Annual administration report of the Civil Veterinary Department of India - 1893-1894
Year: 1893
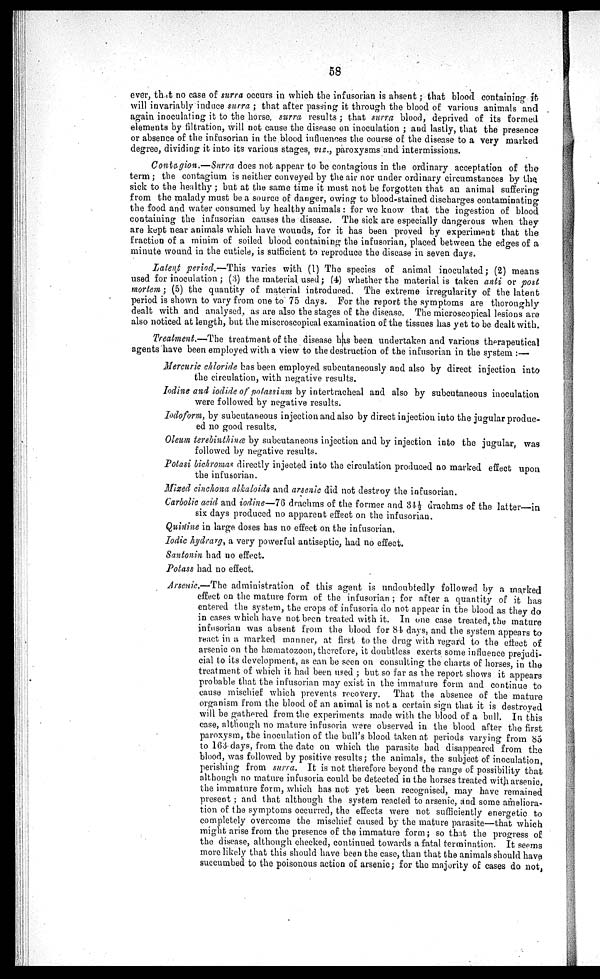
58
ever, that no case of surra occurs in which the infusorian is absent; that blood containing it
will invariably induce surra; that after passing it through the blood of various animals and
again inoculating it to the horse, surra results; that surra blood, deprived of its formed
elements by filtration, will not cause the disease on inoculation; and lastly, that the presence
or absence of the infusorian in the blood influences the course of the disease to a very marked
degree, dividing it into its various stages, viz., paroxysms and intermissions.
Contagion.—Surra does not appear to be contagious in the ordinary acceptation of the
term; the contagium is neither conveyed by the air nor under ordinary circumstances by the
sick to the healthy; but at the same time it must not be forgotten that an animal suffering
from the malady must be a source of danger, owing to blood-stained discharges contaminating
the food and water consumed by healthy animals: for we know that the ingestion of blood
containing the infusorian causes the disease. The sick are especially dangerous when they
are kept near animals which have wounds, for it has been proved by experiment that the
fraction of a minim of soiled blood containing the infusorian, placed between the edges of a
minute wound in the cuticle, is sufficient to reproduce the disease in seven days.
Latent period.—This varies with (1) The species of animal inoculated; (2) means
used for inoculation; (3) the material used; (4) whether the material is taken anti or post
mortem; (5) the quantity of material introduced. The extreme irregularity of the latent
period is shown to vary from one to 75 days. For the report the symptoms are thoroughly
dealt with and analysed, as are also the stages of the disease. The microscopical lesions are
also noticed at length, but the miscroscopical examination of the tissues has yet to be dealt with.
Treatment.—The treatment of the disease has been undertaken and various therapeutical
agents have been employed with a view to the destruction of the infusorian in the system:—
Mercuric chloride has been employed subcutaneously and also by direct injection into
the circulation, with negative results.
Iodine and iodide of potassium by intertracheal and also by subcutaneous inoculation
were followed by negative results.
Iodoform, by subcutaneous injection and also by direct injection into the jugular produc-
ed no good results.
Oleum terebinthinæ by subcutaneous injection and by injection into the jugular, was
followed by negative results.
Potasi bichromas directly injected into the circulation produced no marked effect upon
the infusorian.
Mixed cinchona alkaloids and arsenic did not destroy the infusorian.
Carbolic acid and iodine—76 drachms of the former and 34½ drachms of the latter—in
six days produced no apparent effect on the infusorian.
Quinine in large doses has no effect on the infusorian.
Iodic hydrarg, a very powerful antiseptic, had no effect.
Santonin had no effect.
Potass had no effect.
Arsenic.—The administration of this agent is undoubtedly followed by a marked
effect on the mature form of the infusorian; for after a quantity of it has
entered the system, the crops of infusoria do not appear in the blood as they do
in cases which have not been treated with it. In one case treated, the mature
infusorian was absent from the blood for 84 days, and the system appears to
react in a marked manner, at first to the drug with regard to the effect of
arsenic on the hæmatozoon, therefore, it doubtless exerts some influence prejudi-
cial to its development, as can be seen on consulting the charts of horses, in the
treatment of which it had been used; but so far as the report shows it appears
probable that the infusorian may exist in the immature form and continue to
cause mischief which prevents recovery. That the absence of the mature
organism from the blood of an animal is not a certain sign that it is destroyed
will be gathered from the experiments made with the blood of a bull. In this
case, although no mature infusoria were observed in the blood after the first
paroxysm, the inoculation of the bull's blood taken at periods varying from S5
to 163 days, from the date on which the parasite had disappeared from the
blood, was followed by positive results; the animals, the subject of inoculation,
perishing from surra. It is not therefore beyond the range of possibility that
although no mature infusoria could be detected in the horses treated with arsenic,
the immature form, which has not yet been recognised, may have remained
present; and that although the system reacted to arsenic, and some ameliora-
tion of the symptoms occurred, the effects were not sufficiently energetic to
completely overcome the mischief caused by the mature parasite—that which
might arise from the presence of the immature form; so that the progress of
the disease, although checked, continued towards a fatal termination. It seems
more likely that this should have been the case, than that the animals should have
succumbed to the poisonous action of arsenic; for the majority of cases do not,